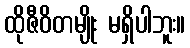
ထိုဇီဝိတမျိုး မရှိပါဘူး။